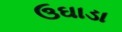
ઉઘાડા